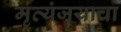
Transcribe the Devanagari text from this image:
मृत्यंजयाचा